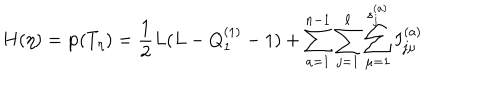
H ( \eta ) = { \bf p } ( T _ { \eta } ) = { \frac { 1 } { 2 } } L ( L - Q _ { 1 } ^ { ( 1 ) } - 1 ) + \sum _ { a = 1 } ^ { n - 1 } \sum _ { j = 1 } ^ { \ell } \sum _ { \mu = 1 } ^ { s _ { j } ^ { ( a ) } } I _ { j \mu } ^ { ( a ) }